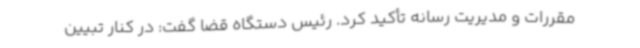
مقررات و مدیریت رسانه تأکید کرد. رئیس دستگاه قضا گفت: در کنار تبیین